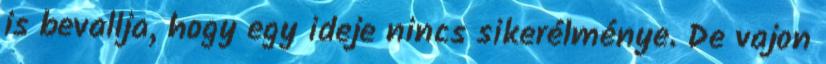
is bevallja, hogy egy ideje nincs sikerélménye. De vajon